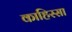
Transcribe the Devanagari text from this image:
काहिस्सा